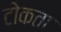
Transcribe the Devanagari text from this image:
टोकता